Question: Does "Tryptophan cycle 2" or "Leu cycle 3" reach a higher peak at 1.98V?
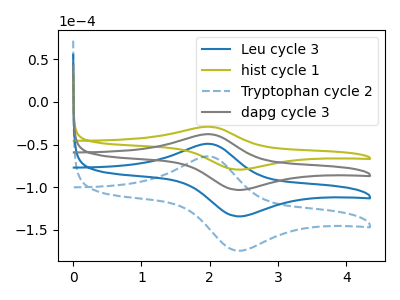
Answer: <think>The blue curve "Leu cycle 3" has an anodic peak at (2.00V, -75.50uA) and a cathodic peak at (2.40V, -206.40uA). The olive curve "hist cycle 1" has an anodic peak at (2.00V, -29.05uA) and a cathodic peak at (2.40V, -79.40uA). The blue dashed curve "Tryptophan cycle 2" has an anodic peak at (2.00V, -113.25uA) and a cathodic peak at (2.40V, -309.60uA). The gray curve "dapg cycle 3" has an anodic peak at (2.00V, -37.75uA) and a cathodic peak at (2.40V, -103.20uA).</think>
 <answer>The peak at 1.98V is lower in "Tryptophan cycle 2" than in "Leu cycle 3".</answer>
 <eval>lower</eval>